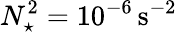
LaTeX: N_{\star}^{2}=10^{-6}\, \mathrm{{s^{-2}}}